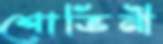
শোভিনী